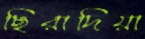
ছিরাদিয়া